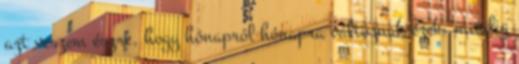
azt veszem észre, hogy hónapról hónapra változnak ezek, mindig